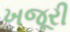
ખજૂરી